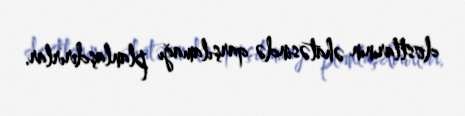
dostlarının əhatəsində qarşılamağı planlaşdırırlar.